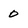
Character: 0